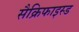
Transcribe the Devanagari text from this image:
सैक्रिफाइस्ड